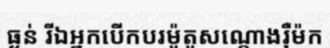
ធ្ងន់ រីឯអ្នកបើកបរម៉ូតូសណ្តោងរ៉ឺម៉ក